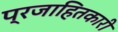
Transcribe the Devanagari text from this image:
प्रजाहितकारी